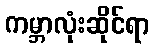
ကမ္ဘာလုံးဆိုင်ရာ